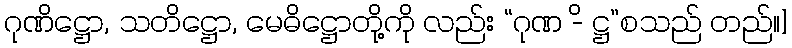
ဂုဏိဋ္ဌော, သတိဋ္ဌော, မေဓိဋ္ဌောတို့ကို လည်း “ဂုဏ -ိ ဋ္ဌ”စသည် တည်။]